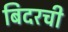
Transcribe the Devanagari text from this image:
बिदरची